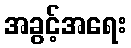
အခွင့်အရေး